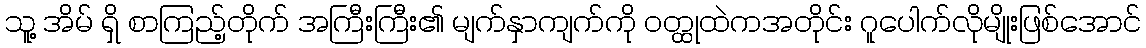
သူ့ အိမ် ရှိ စာကြည့်တိုက် အကြီးကြီး၏ မျက်နှာကျက်ကို ဝတ္ထုထဲကအတိုင်း ဂူပေါက်လိုမျိုးဖြစ်အောင်